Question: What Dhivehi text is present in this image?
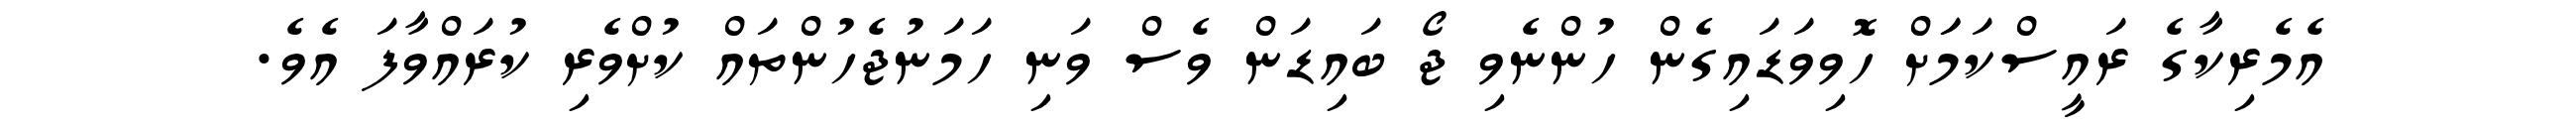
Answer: އެމެރިކާގެ ރައީސްކަމަަށް ހޮވިވަޑައިގެން ހުންނެވި ޖޯ ބައިޑަން ވެސް ވަނި ހަމަނުޖެހުންތައް ކުށްވެރި ކުރައްވާފަ އެވެ.